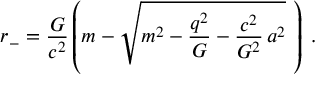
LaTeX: r _ { - } = \frac { G } { c ^ { 2 } } \left( m - \sqrt { m ^ { 2 } - \frac { q ^ { 2 } } { G } - \frac { c ^ { 2 } } { G ^ { 2 } } \, a ^ { 2 } } \, \, \right) \; .